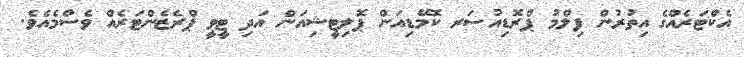
އެކްޓަރެއްގެ އިތުރުން ފިލްމު ޕްރޮޑިއުސަރ ކޮމޭޑިއަން ޕޮލިޓީޝިއަން އަދި ޓީވީ ޕްރެޒެންޓަރެއް ވެސްމެއެވެ.